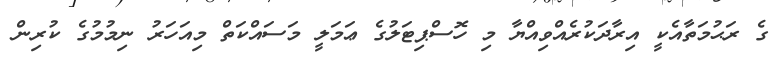
ގެ ރަޙުމަތާއެކީ އިރާދަކުރެއްވިއްޔާ މި ހޮސްޕިޓަލުގެ ޢަމަލީ މަސައްކަތް މިއަހަރު ނިމުމުގެ ކުރިން